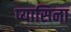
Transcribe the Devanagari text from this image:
प्यासिना